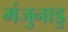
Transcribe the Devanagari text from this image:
मंजुनाडु